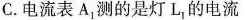
C.电流表A_{1}测的是灯L_{1}的电流